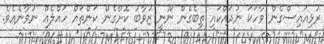
ރުޅިއައިސްގެން ވާހަކަ ނުދައްކައި ތިބެގެން ނޫނީ ޒުވާބު ކޮށްގެން ކަންތައް ހައްލެއް ނުވާނެއެވެ.